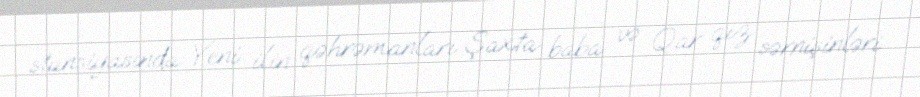
stansiyasında Yeni ilin qəhrəmanları Şaxta baba və Qar qız sərnişinləri